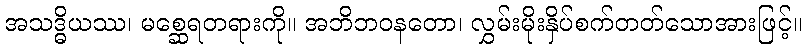
အသဒ္ဓိယဿ၊ မစ္ဆေရတရားကို။ အဘိဘဝနတော၊ လွှမ်းမိုးနှိပ်စက်တတ်သောအားဖြင့်။